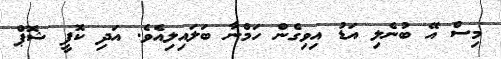
މިސް އޭ ބުނެލި އަޑު އިވިގެން ހަމްނާ ބަލައިލިއެވެ. އަދި ކޮފީ ޝޮޕް